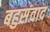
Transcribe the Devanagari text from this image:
बहुसंवाद